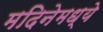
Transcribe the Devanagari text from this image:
मदिनेमध्ये